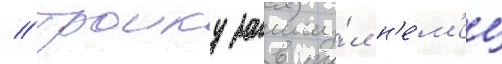
// Троику замкну́л н'е́м'ец